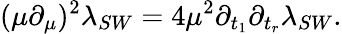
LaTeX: (\mu\partial_{\mu})^{2}\lambda_{SW}=4\mu^{2}\partial_{t_{1}}\partial_{t_{r}}\lambda_{SW}.